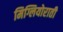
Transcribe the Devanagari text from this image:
मिग्लियोराती